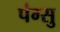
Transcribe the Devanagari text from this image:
पंग्सु